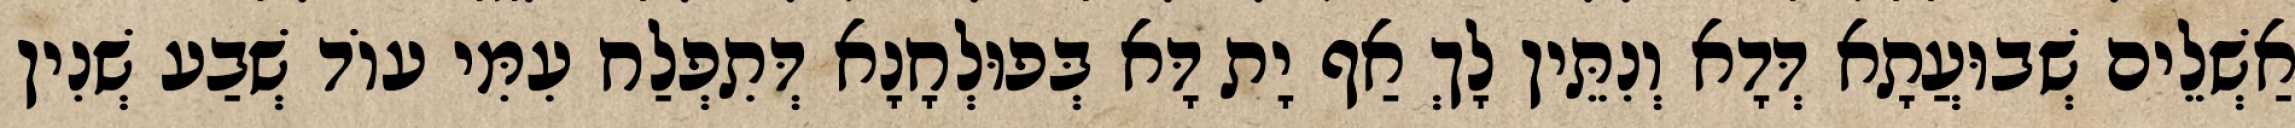
אַשְׁלֵים שְׁבוּעֲתָא דְּדָא וְנִתֵּין לָךְ אַף יָת דָּא בְּפוּלְחָנָא דְּתִפְלַח עִמִּי עוֹד שְׁבַע שְׁנִין